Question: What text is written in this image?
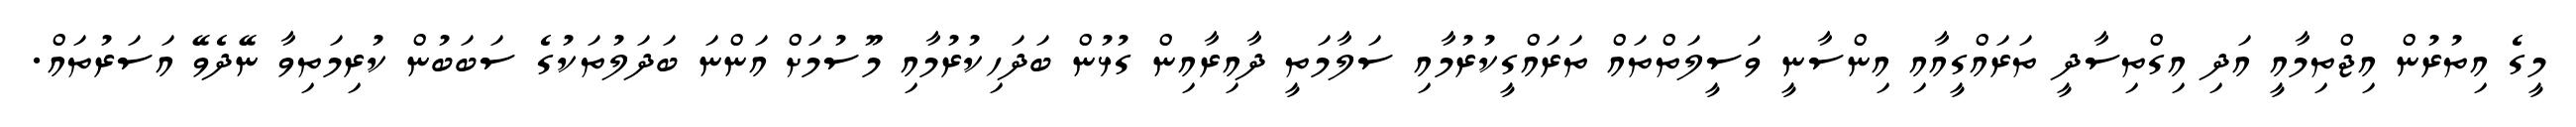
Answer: މީގެ އިތުރުން އިޖްތިމާއީ އަދި އިގްތިސާދީ ތަރައްގީއާއި އިންސާނީ ވަސީލަތްތައް ތަރައްގީކުރުމާއި ސަލާމަތީ ދާއިރާއިން ގުޅުން ބަދަހިކުރުމާއި މޫސުމަށް އަންނަ ބަދަލުތަކުގެ ސަބަބުން ކުރިމަތިވާ ނޭދެވޭ އަސަރުތައް.